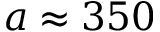
a \approx 3 5 0